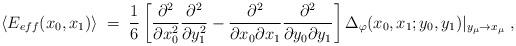
LaTeX: \begin{align*}\langle E_{eff}(x_0,x_1) \rangle \;=\; \frac{1}{6} \left[\frac{\partial^2}{\partial x_0^2}\frac{\partial^2}{\partial y_1^2} -\frac{\partial^2}{\partial x_0 \partial x_1} \frac{\partial^2}{\partial y_0 \partial y_1}\right] \Delta_\varphi(x_0,x_1;y_0, y_1)|_{y_\mu \to x_\mu} \;,\end{align*}